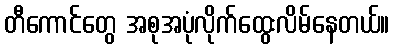
တီကောင်တွေ အစုအပုံလိုက်ထွေးလိမ်နေတယ်။